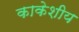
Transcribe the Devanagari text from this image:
काकेशीय